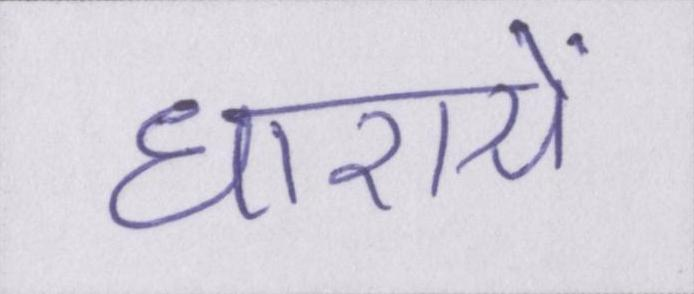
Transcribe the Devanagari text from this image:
धारायें